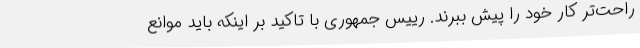
راحت‌تر کار خود را پیش ببرند. رییس جمهوری با تاکید بر اینکه باید موانع